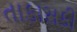
તાકાસકી